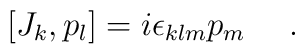
[J_{k},p_{l}] = i\epsilon _{klm} p_{m}~~~~.